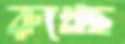
রুখেছ